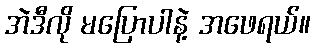
အဲဒီလို မပြောပါနဲ့ အဖေရယ်။